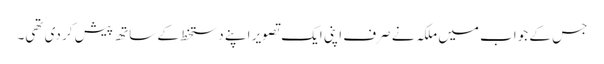
جس کے جواب میں ملکہ نے صرف اپنی ایک تصویر اپنے دستخط کے ساتھ پیش کر دی تھی۔